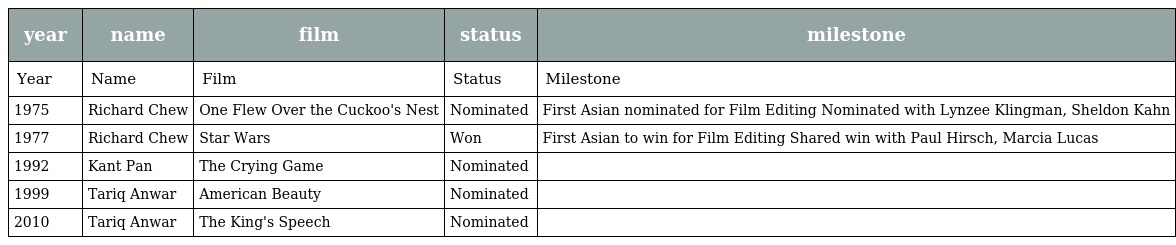
| year | name | film | status | milestone |
 | --- | --- | --- | --- | --- |
 | Year | Name | Film | Status | Milestone |
 | 1975 | Richard Chew | One Flew Over the Cuckoo's Nest | Nominated | First Asian nominated for Film Editing Nominated with Lynzee Klingman, Sheldon Kahn |
 | 1977 | Richard Chew | Star Wars | Won | First Asian to win for Film Editing Shared win with Paul Hirsch, Marcia Lucas |
 | 1992 | Kant Pan | The Crying Game | Nominated |  |
 | 1999 | Tariq Anwar | American Beauty | Nominated |  |
 | 2010 | Tariq Anwar | The King's Speech | Nominated |  |